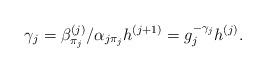
LaTeX: \begin{align*}\gamma_{j} = \beta_{\pi_{j}}^{(j)}/{\alpha_{j\pi_j}} h^{(j+1)} = g_j^{-\gamma_j}h^{(j)}. \end{align*}